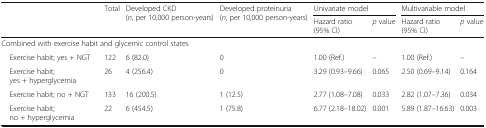
| <ROWSPAN=2>  | <ROWSPAN=2> Total | <ROWSPAN=2> Developed CKD (n, per 10,000 person-years) | <ROWSPAN=2> Developed proteinuria (n, per 10,000 person-years) | <COLSPAN=2> Univariate model | <COLSPAN=2> Multivariable model |
 | Hazard ratio (95% CI) | p value | Hazard ratio (95% CI) | p value |
 | --- | --- | --- | --- | --- | --- | --- | --- |
 | <COLSPAN=8> Combined with exercise habit and glycemic control states |
 | Exercise habit; yes + NGT | 122 | 6 (82.0) | 0 | 1.00 (Ref.) | – | 1.00 (Ref.) | – |
 | Exercise habit; yes + hyperglycemia | 26 | 4 (256.4) | 0 | 3.29 (0.93–9.66) | 0.065 | 2.50 (0.69–9.14) | 0.164 |
 | Exercise habit; no + NGT | 133 | 16 (200.5) | 1 (12.5) | 2.77 (1.08–7.08) | 0.033 | 2.82 (1.07–7.36) | 0.034 |
 | Exercise habit; no + hyperglycemia | 22 | 6 (454.5) | 1 (75.8) | 6.77 (2.18–18.02) | 0.001 | 5.89 (1.87–16.63) | 0.003 |